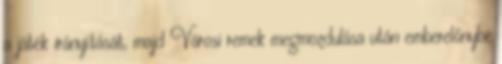
a játék irányítását, majd Városi remek megmozdulása után emberelőnybe